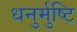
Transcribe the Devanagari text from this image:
धनुर्मुष्टि